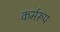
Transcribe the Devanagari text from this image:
कर्मरूप